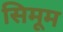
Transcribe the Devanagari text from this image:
सिमूम